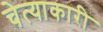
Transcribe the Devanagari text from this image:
चेत्याकारी